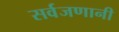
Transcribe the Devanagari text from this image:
सर्वजणानी